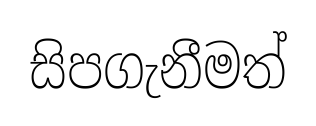
සිපගැනීමත්